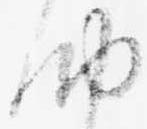
納